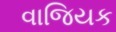
વાજિયક